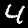
Digit: 4